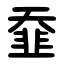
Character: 䪞